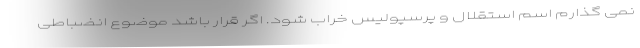
نمی گذارم اسم استقلال و پرسپولیس خراب شود. اگر قرار باشد موضوع انضباطی